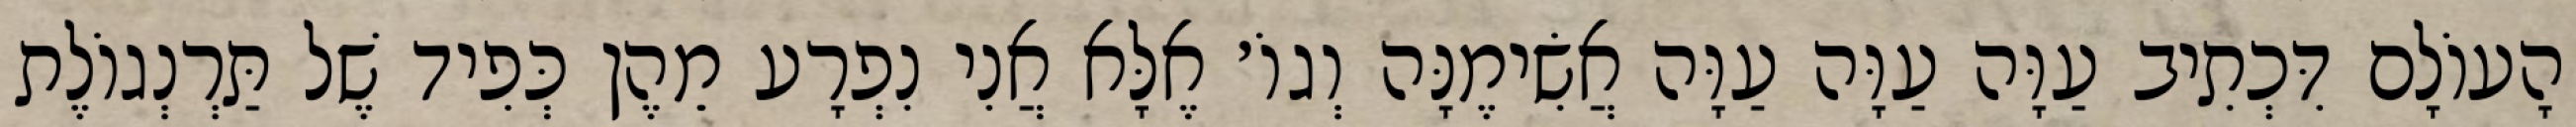
הָעוֹלָם דִּכְתִיב עַוָּה עַוָּה עַוָּה אֲשִׂימֶנָּה וְגוֹ׳ אֶלָּא אֲנִי נִפְרָע מֵהֶן כְּפִיד שֶׁל תַּרְנְגוֹלֶת